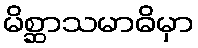
မိစ္ဆာသမာဓိမှာ